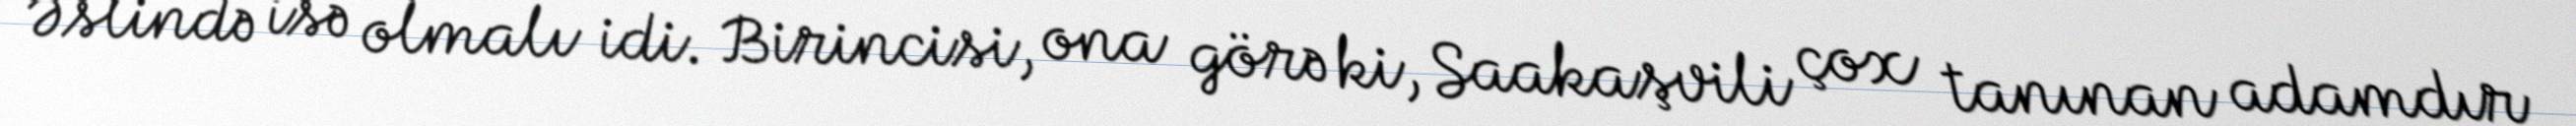
Əslində isə olmalı idi. Birincisi, ona görə ki, Saakaşvili çox tanınan adamdır